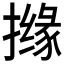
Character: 𱠸